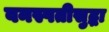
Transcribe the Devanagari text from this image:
वनस्पतीसुद्धा